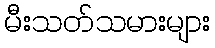
မီးသတ်သမားများ